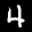
Label: 4